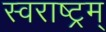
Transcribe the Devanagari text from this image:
स्वराष्ट्रम्‌